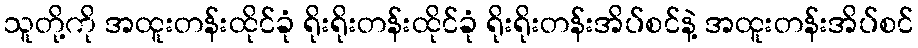
သူတို့ကို အထူးတန်းထိုင်ခုံ ရိုးရိုးတန်းထိုင်ခုံ ရိုးရိုးတန်းအိပ်စင်နဲ့ အထူးတန်းအိပ်စင်